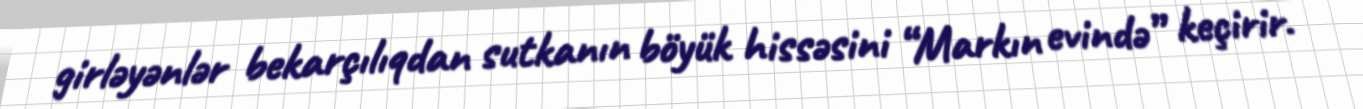
girləyənlər bekarçılıqdan sutkanın böyük hissəsini “Markın evində” keçirir.